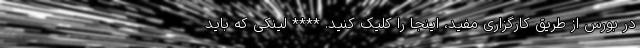
در بورس از طریق کارگزاری مفید، اینجا را کلیک کنید. **** لینکی که باید